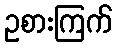
ဥစားကြက်